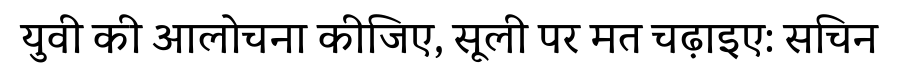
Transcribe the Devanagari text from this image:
युवी की आलोचना कीजिए, सूली पर मत चढ़ाइए: सचिन